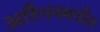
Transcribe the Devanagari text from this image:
ऑरेगनमधील